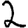
Digit: 2